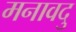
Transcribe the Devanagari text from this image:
मनावदु